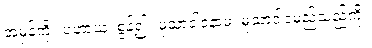
အမှန်ကို။ ပဟာယ၊ စွန့်၍။ မုသာဝါဒံနာမ၊ မုသာဝါဒမည်သည်ကို။